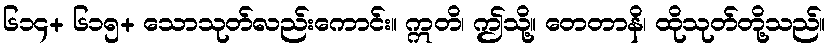
၆၁၄+ ၆၁၅+ သောသုတ်လည်းကောင်း။ ဣတိ၊ ဤသို့။ တေတာနိ၊ ထိုသုတ်တို့သည်။